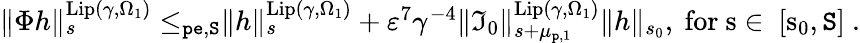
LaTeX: \begin{array}{r}{\rVert\Phi h\rVert_{s}^{\mathrm{Lip}(\gamma,\Omega_{1})}\le_{\mathtt{pe},\mathtt{S}}\rVert h\rVert_{s}^{\mathrm{Lip}(\gamma,\Omega_{1})}+\varepsilon^{7}\gamma^{-4}\rVert\mathfrak{I}_{0}\rVert_{s+\mu_{\mathtt{p},1}}^{\mathrm{Lip}(\gamma,\Omega_{1})}\rVert h\rVert_{s_{0}},\mathrm{~for~s\in~[s_0,\mathtt{S}]~}.}\end{array}